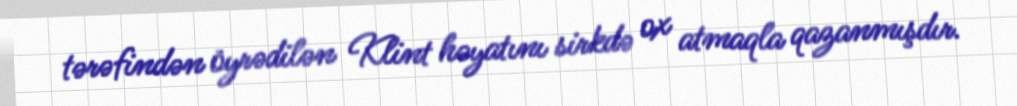
tərəfindən öyrədilən Klint həyatını sirkdə ox atmaqla qazanmışdır.